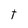
Character: t